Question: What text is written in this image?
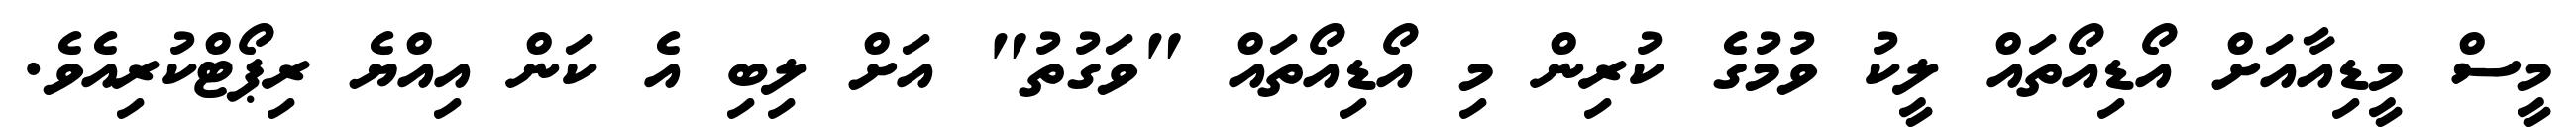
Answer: މީސް މީޑިއާއަށް އޯޑިއޯތައް ލީކު ވުމުގެ ކުރިން މި އޯޑިއޯތައް "ވަގުތު" އަށް ލިބި އެ ކަން އިއްޔެ ރިޕޯޓްކުރިއެވެ.